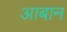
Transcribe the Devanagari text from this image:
आबान